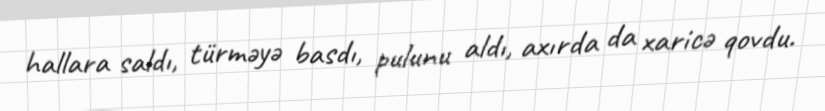
hallara saldı, türməyə basdı, pulunu aldı, axırda da xaricə qovdu.